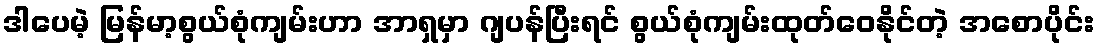
ဒါပေမဲ့ မြန်မာ့စွယ်စုံကျမ်းဟာ အာရှမှာ ဂျပန်ပြီးရင် စွယ်စုံကျမ်းထုတ်ဝေနိုင်တဲ့ အစောပိုင်း